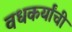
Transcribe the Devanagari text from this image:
वधकर्यांची